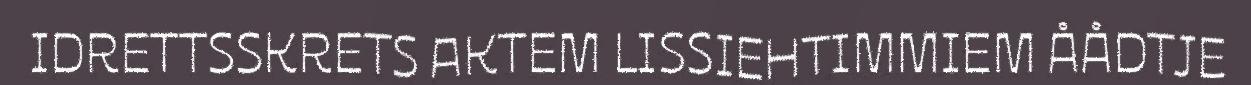
IDRETTSSKRETS AKTEM LISSIEHTIMMIEM ÅÅDTJE